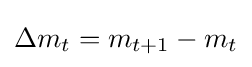
{\Delta m}_{t}=m_{t+1}-m_{t}